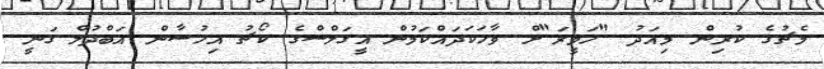
މެޗުގެ ކުރިން މިއަދު "ހަވީރަ"ށް ވާހަކަދައްކަމުން އީގަލްސްގެ ކޯޗު އިހުސާން އަބްދުލް ގަނީ